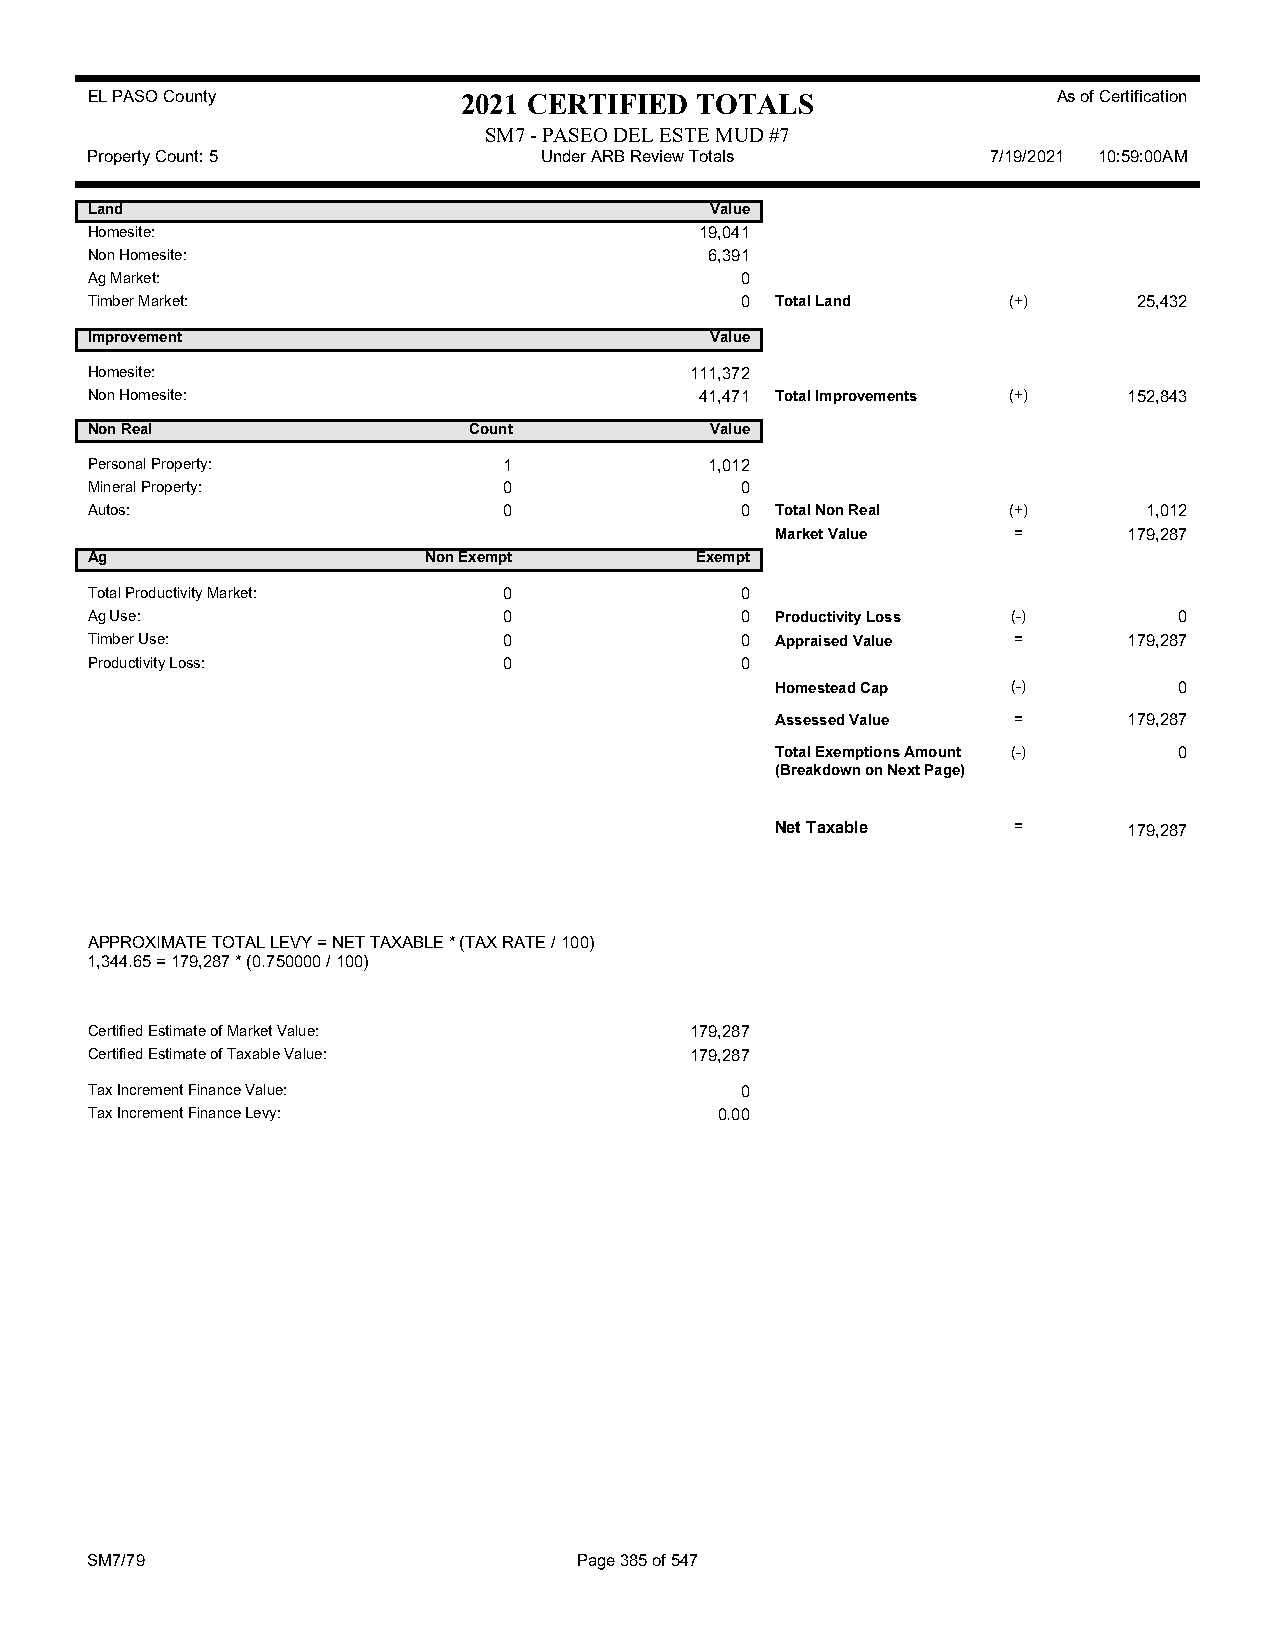
EL PASO County           2021 CERTIFIED TOTALS                  As of Certification
 SM7 - PASEO DEL ESTE MUD #7
 Property Count: 5             Under ARB Review Totals       7/19/2021 10:59:00AM
 Land                                     Value
 Homesite:                               19,041
 Non Homesite:                            6,391
 Ag Market:                                 0
 Timber Market:                             0 Total Land      (+)     25,432
 Improvement                              Value
 Homesite:                               111,372
 Non Homesite:                           41,471 Total Improvements (+) 152,843
 Non Real                 Count           Value
 Personal Property:         1             1,012
 Mineral Property:          0               0
 Autos:                     0               0 Total Non Real  (+)      1,012
 Market Value    =       179,287
 Ag                    Non Exempt        Exempt
 Total Productivity Market: 0               0
 Ag Use:                    0               0 Productivity Loss (-)      0
 Timber Use:                0               0 Appraised Value =       179,287
 Productivity Loss:         0               0
 Homestead Cap   (-)        0
 Assessed Value  =       179,287
 Total Exemptions Amount (-) 0
 (Breakdown on Next Page)
 Net Taxable     =       179,287
 APPROXIMATE TOTAL LEVY = NET TAXABLE * (TAX RATE / 100)
 1,344.65 = 179,287 * (0.750000 / 100)
 Certified Estimate of Market Value:     179,287
 Certified Estimate of Taxable Value:    179,287
 Tax Increment Finance Value:               0
 Tax Increment Finance Levy:               0.00
 SM7/79                          Page 385 of 547